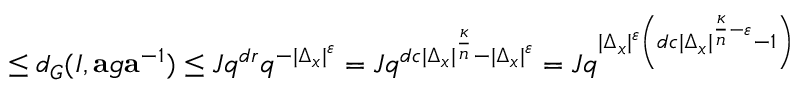
\leq d _ { G } ( I , \mathbf { a } g \mathbf { a } ^ { - 1 } ) \leq J q ^ { d r } q ^ { - \vert \Delta _ { \mathfrak { x } } \vert ^ { \varepsilon } } = J q ^ { d c \vert \Delta _ { \mathfrak { x } } \vert ^ { \frac { \kappa } { n } } - \vert \Delta _ { \mathfrak { x } } \vert ^ { \varepsilon } } = J q ^ { \vert \Delta _ { \mathfrak { x } } \vert ^ { \varepsilon } \left( d c \vert \Delta _ { \mathfrak { x } } \vert ^ { \frac { \kappa } { n } - \varepsilon } - 1 \right) }